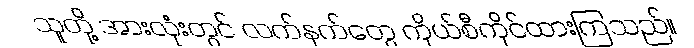
သူတို့ အားလုံးတွင် လက်နက်တွေ ကိုယ်စီကိုင်ထားကြသည်။